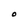
Character: O